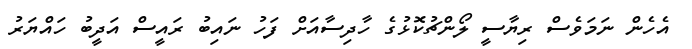
އެހެން ނަމަވެސް ރިޔާސީ ލޯންޗުކޮޅުގެ ހާދިސާއަށް ފަހު ނައިބު ރައީސް އަދީބު ހައްޔަރު